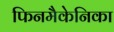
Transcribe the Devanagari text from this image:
फिनमैकेनिका